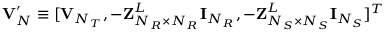
{ \bf V } _ { N } ^ { \prime } \equiv [ { \bf { V } } _ { N _ { T } } , - { \bf { Z } } _ { N _ { R } \times N _ { R } } ^ { L } { \bf { I } } _ { N _ { R } } , - { \bf { Z } } _ { N _ { S } \times N _ { S } } ^ { L } { \bf { I } } _ { N _ { S } } ] ^ { T }